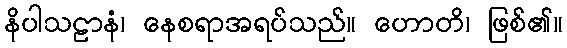
နိပါသဠာနံ၊ နေစရာအရပ်သည်။ ဟောတိ၊ ဖြစ်၏။